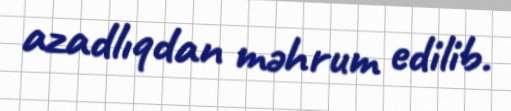
azadlıqdan məhrum edilib.